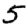
Digit: 5